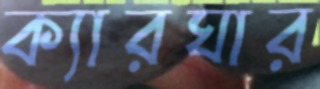
ক্যারঘার